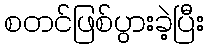
စတင်ဖြစ်ပွားခဲ့ပြီး